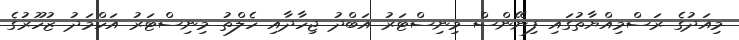
މިއަދުގެ ރަސްމިއްޔާތުގައި ފިނޭންސް މިނިސްޓަރު އަބްދު ޖިހާދާއި ހެލްތު މިނިސްޓަރު އަހްމަދު ޒުހޫރުގެ